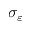
\sigma _ { \varepsilon }